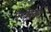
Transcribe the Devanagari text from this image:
ऐपोलर